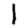
Digit: 1